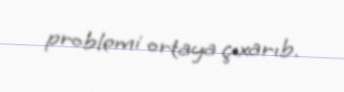
problemi ortaya çıxarıb.